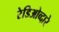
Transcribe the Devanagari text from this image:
रेडिओव्दारे